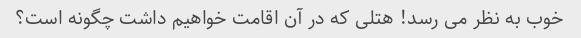
خوب به نظر می رسد! هتلی که در آن اقامت خواهیم داشت چگونه است؟